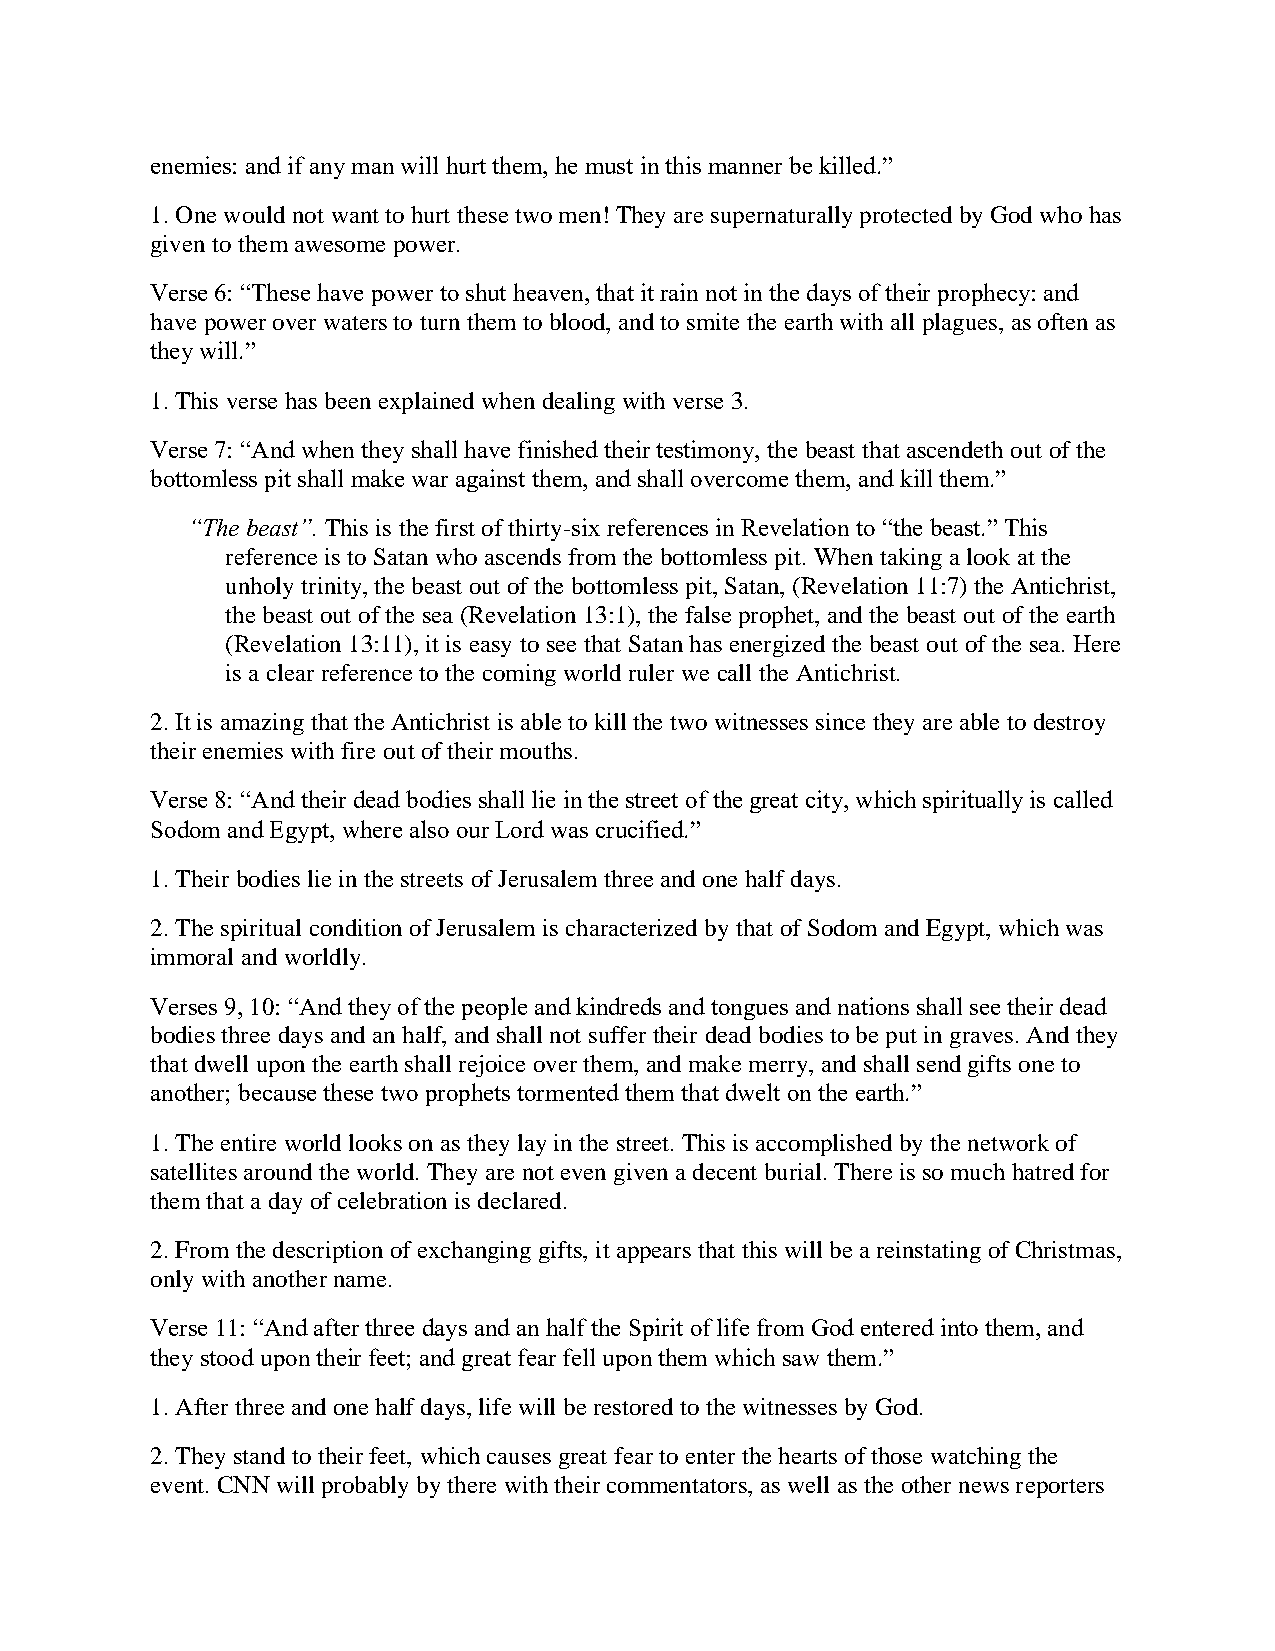
enemies: and if any man will hurt them, he must in this manner be killed.”
 1. One would not want to hurt these two men! They are supernaturally protected by God who has
 given to them awesome power.
 Verse 6: “These have power to shut heaven, that it rain not in the days of their prophecy: and
 have power over waters to turn them to blood, and to smite the earth with all plagues, as often as
 they will.”
 1. This verse has been explained when dealing with verse 3.
 Verse 7: “And when they shall have finished their testimony, the beast that ascendeth out of the
 bottomless pit shall make war against them, and shall overcome them, and kill them.”
 “The beast”. This is the first of thirty-six references in Revelation to “the beast.” This
 reference is to Satan who ascends from the bottomless pit. When taking a look at the
 unholy trinity, the beast out of the bottomless pit, Satan, (Revelation 11:7) the Antichrist,
 the beast out of the sea (Revelation 13:1), the false prophet, and the beast out of the earth
 (Revelation 13:11), it is easy to see that Satan has energized the beast out of the sea. Here
 is a clear reference to the coming world ruler we call the Antichrist.
 2. It is amazing that the Antichrist is able to kill the two witnesses since they are able to destroy
 their enemies with fire out of their mouths.
 Verse 8: “And their dead bodies shall lie in the street of the great city, which spiritually is called
 Sodom and Egypt, where also our Lord was crucified.”
 1. Their bodies lie in the streets of Jerusalem three and one half days.
 2. The spiritual condition of Jerusalem is characterized by that of Sodom and Egypt, which was
 immoral and worldly.
 Verses 9, 10: “And they of the people and kindreds and tongues and nations shall see their dead
 bodies three days and an half, and shall not suffer their dead bodies to be put in graves. And they
 that dwell upon the earth shall rejoice over them, and make merry, and shall send gifts one to
 another; because these two prophets tormented them that dwelt on the earth.”
 1. The entire world looks on as they lay in the street. This is accomplished by the network of
 satellites around the world. They are not even given a decent burial. There is so much hatred for
 them that a day of celebration is declared.
 2. From the description of exchanging gifts, it appears that this will be a reinstating of Christmas,
 only with another name.
 Verse 11: “And after three days and an half the Spirit of life from God entered into them, and
 they stood upon their feet; and great fear fell upon them which saw them.”
 1. After three and one half days, life will be restored to the witnesses by God.
 2. They stand to their feet, which causes great fear to enter the hearts of those watching the
 event. CNN will probably by there with their commentators, as well as the other news reporters